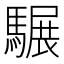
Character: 𩥇